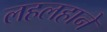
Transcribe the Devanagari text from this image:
लहलहाने